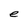
Character: e